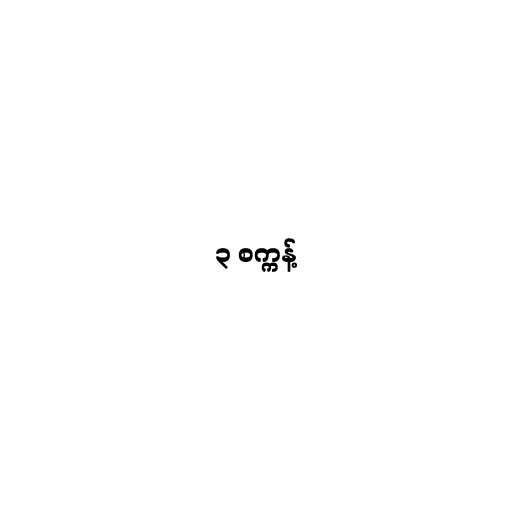
၃ စက္ကန့်